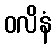
ဝလိနံ